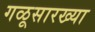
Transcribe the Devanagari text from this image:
गळूसारख्या